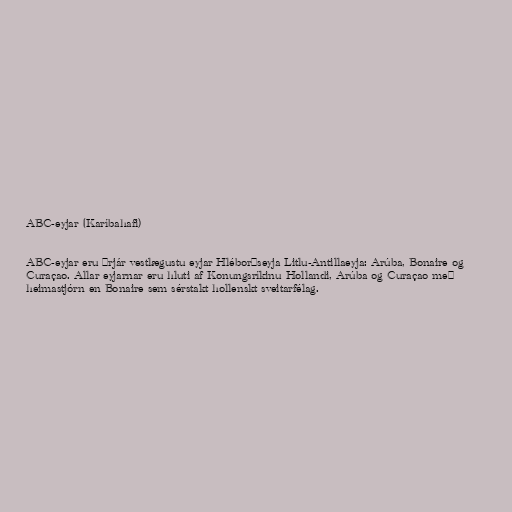
ABC-eyjar (Karíbahafi)

ABC-eyjar eru þrjár vestlægustu eyjar Hléborðseyja Litlu-Antillaeyja: Arúba, Bonaire og
Curaçao. Allar eyjarnar eru hluti af Konungsríkinu Hollandi, Arúba og Curaçao með
heimastjórn en Bonaire sem sérstakt hollenskt sveitarfélag.